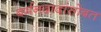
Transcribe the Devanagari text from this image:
बर्मनदादांसोबत